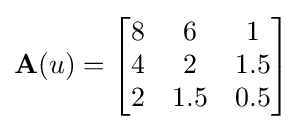
\mathbf {A} (u)={\begin{bmatrix}8&6&1\\4&2&1.5\\2&1.5&0.5\end{bmatrix}}